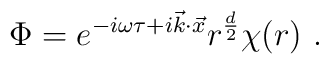
\Phi = e^{-i\omega\tau + i\vec{k}\cdot\vec{x}}		r^{\frac{d}{2}} \chi(r)\ .